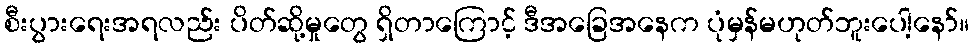
စီးပွားရေးအရလည်း ပိတ်ဆို့မှုတွေ ရှိတာကြောင့် ဒီအခြေအနေက ပုံမှန်မဟုတ်ဘူးပေါ့နော်။